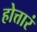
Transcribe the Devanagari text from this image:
होत्तारं